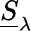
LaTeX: {\underline{{S}}}_{\lambda}